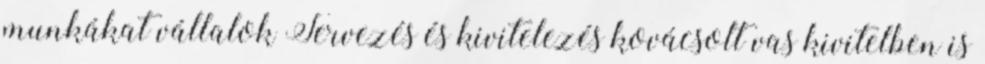
munkákat vállalok Tervezés és kivitelezés kovácsolt vas kivitelben is